Source: Handwritten
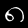
Digit: ၈ (8)